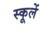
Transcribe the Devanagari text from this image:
स्कूलें